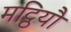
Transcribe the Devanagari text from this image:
मट्ठियौ